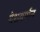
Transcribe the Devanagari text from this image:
देशवर्णन